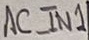
Text: AC_IN1